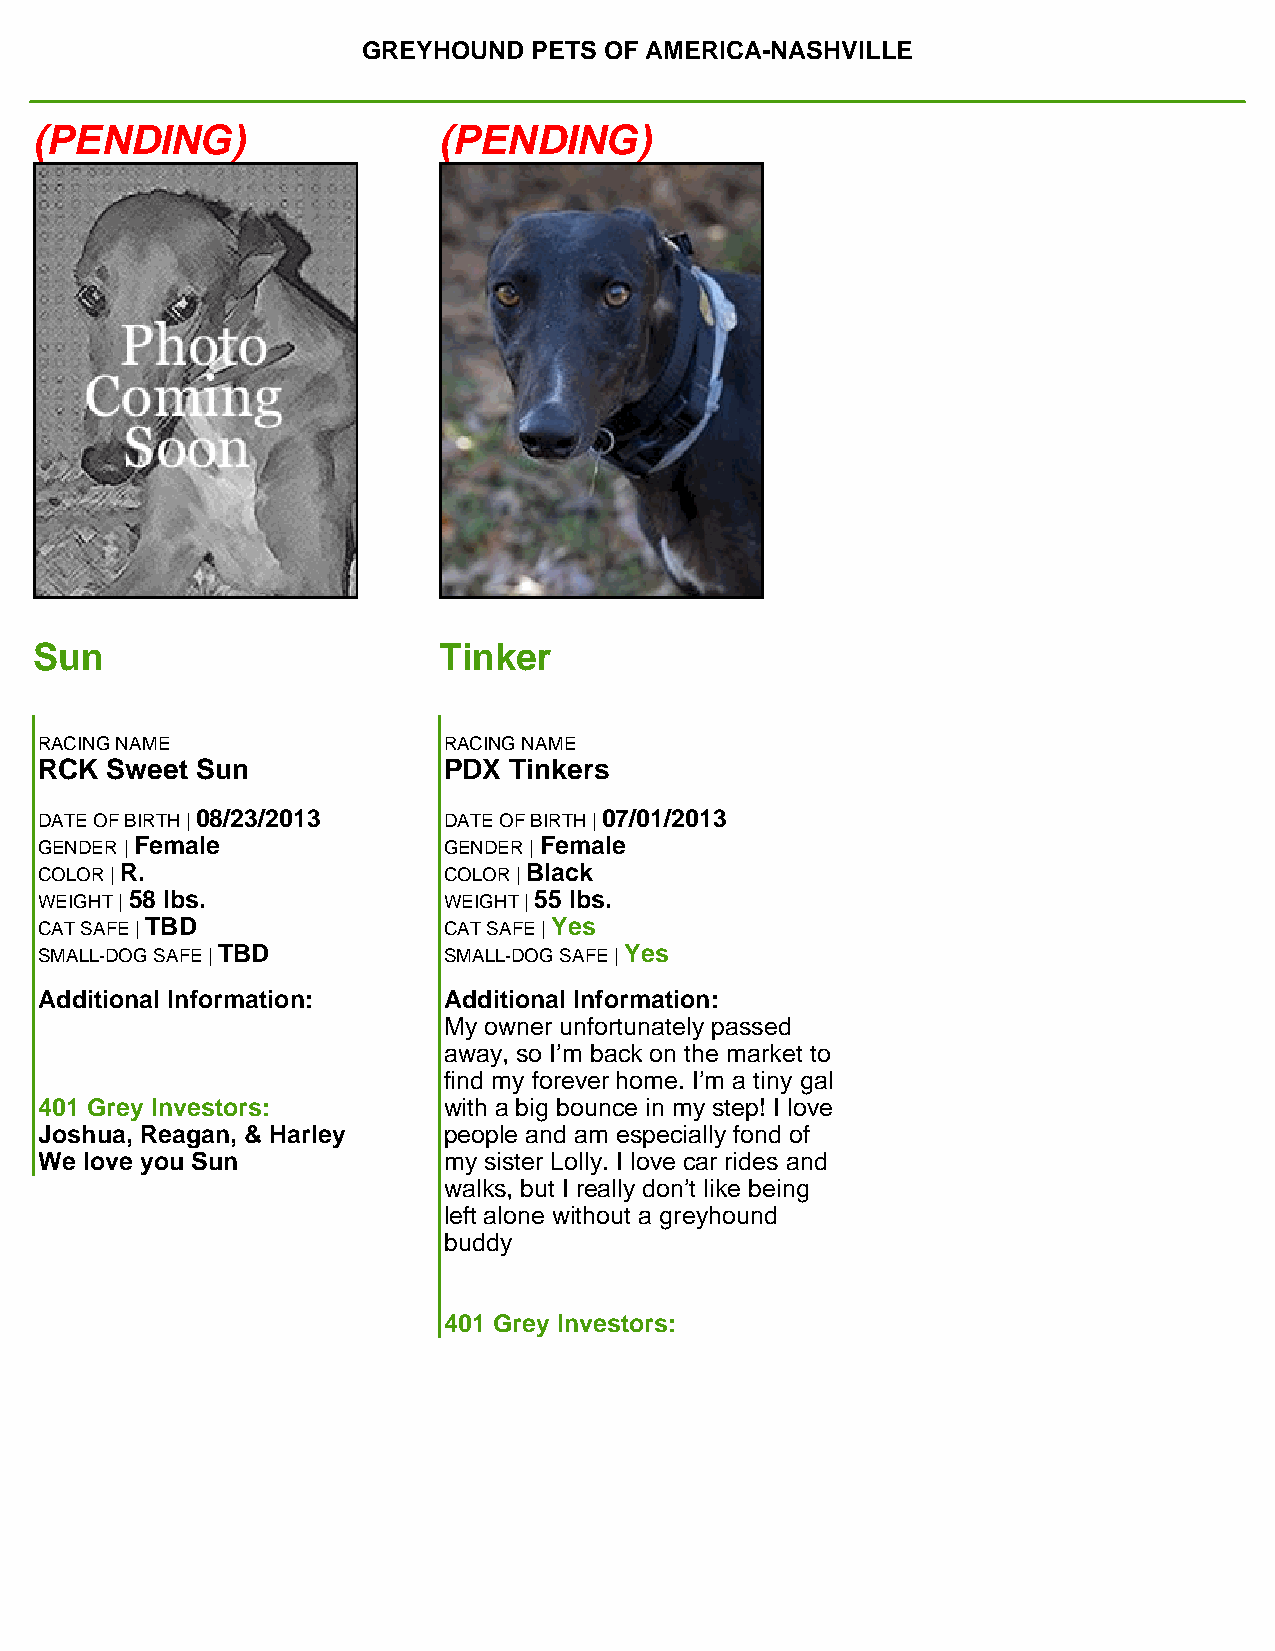
GREYHOUND  PETS OF AMERICA-NASHVILLE
 (PENDING)                  (PENDING)
 Sun                        Tinker
 RACING NAME               RACING NAME
 RCK Sweet Sun             PDX  Tinkers
 DATE OF BIRTH | 08/23/2013 DATE OF BIRTH | 07/01/2013
 GENDER | Female           GENDER | Female
 COLOR | R.                COLOR | Black
 WEIGHT | 58 lbs.          WEIGHT | 55 lbs.
 CAT SAFE | TBD            CAT SAFE | Yes
 SMALL-DOG SAFE | TBD      SMALL-DOG SAFE | Yes
 Additional Information:   Additional Information:
 My owner unfortunately passed
 away, so I’m back on the market to
 find my forever home. I’m a tiny gal
 401 Grey Investors:       with a big bounce in my step! I love
 Joshua, Reagan, & Harley  people and am especially fond of
 We love you Sun           my sister Lolly. I love car rides and
 walks, but I really don’t like being
 left alone without a greyhound
 buddy
 401 Grey Investors: